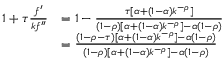
{ \begin{array} { r l } { 1 + \tau { \frac { f ^ { \prime } } { k f ^ { \prime \prime } } } } & { = 1 - { \frac { \tau [ \alpha + ( 1 - \alpha ) k ^ { - \rho } ] } { ( 1 - \rho ) [ \alpha + ( 1 - \alpha ) k ^ { - \rho } ] - \alpha ( 1 - \rho ) } } } \\ & { = { \frac { ( 1 - \rho - \tau ) [ \alpha + ( 1 - \alpha ) k ^ { - \rho } ] - \alpha ( 1 - \rho ) } { ( 1 - \rho ) [ \alpha + ( 1 - \alpha ) k ^ { - \rho } ] - \alpha ( 1 - \rho ) } } } \end{array} }